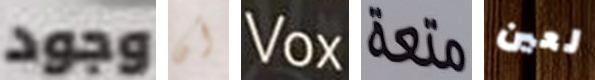
وجود أن Vox متعة لعين